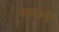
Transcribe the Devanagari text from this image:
रुपयाने